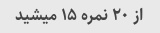
از ۲۰ نمره ۱۵ میشید